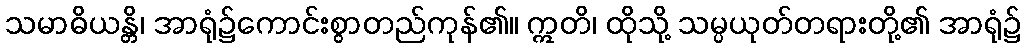
သမာဓိယန္တိ၊ အာရုံ၌ကောင်းစွာတည်ကုန်၏။ ဣတိ၊ ထိုသို့ သမ္ပယုတ်တရားတို့၏ အာရုံ၌